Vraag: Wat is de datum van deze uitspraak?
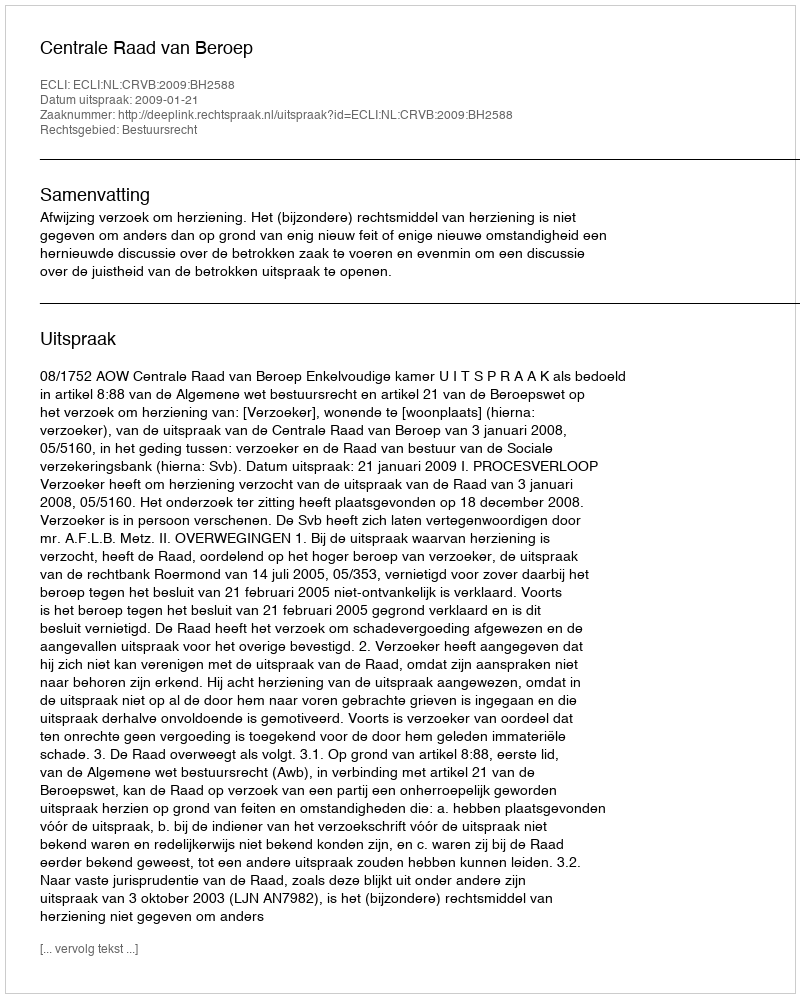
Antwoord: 2009-01-21